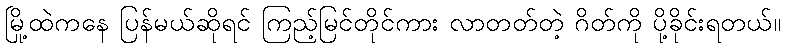
မြို့ထဲကနေ ပြန်မယ်ဆိုရင် ကြည့်မြင်တိုင်ကား လာတတ်တဲ့ ဂိတ်ကို ပို့ခိုင်းရတယ်။